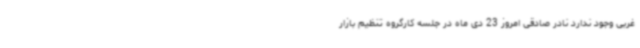
غربی وجود ندارد نادر صادقی امروز 23 دی ماه در جلسه کارگروه تنظیم بازار